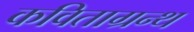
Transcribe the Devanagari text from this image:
कविताग्रन्थ